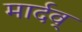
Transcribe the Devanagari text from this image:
मार्दव्